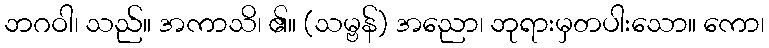
ဘဂဝါ၊ သည်။ အကာသိ၊ ၏။ (သမ္ဗန်) အညော၊ ဘုရားမှတပါးသော။ ကော၊